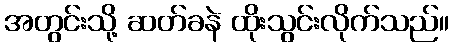
အတွင်းသို့ ဆတ်ခနဲ ထိုးသွင်းလိုက်သည်။